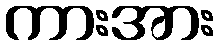
ကားအား